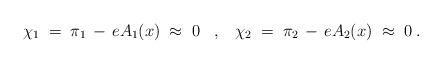
LaTeX: \begin{align*}\chi_1 \;=\; \pi_1 \,-\, e A_1(x) \;\approx\; 0 \;\;\;,\;\;\;\chi_2 \;=\; \pi_2 \,-\, e A_2(x) \;\approx\; 0 \;.\end{align*}